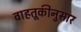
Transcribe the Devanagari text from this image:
वाहतूकीनुसार